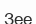
Зее